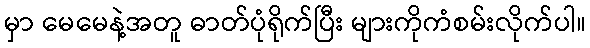
မှာ မေမေနဲ့အတူ ဓာတ်ပုံရိုက်ပြီး များကိုကံစမ်းလိုက်ပါ။